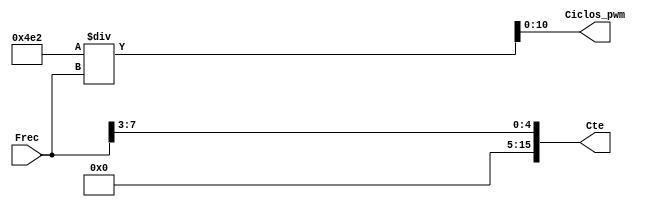
//------------------------------------------------------------------------------------------------------------------
//		Clculo para PWM
//
//	Este mdulo permite obetener dos valores necesarios para generar el PWM a partir del valor de la frecuencia
// que elige el usuario. 
//	Uno de estos valores es "ciclos_pwm" que nos va indicar la cantidad de ciclos de la seal
//	PWM de 5 KHz que van a poder entrar en el ciclo de la seal que pretendemos generar a la frecuencia seleccionada.
//	Esto se logra dividiendo la frecuencia del PWM entre 4 y posteriormente dividiendolo entre la frecuencia de la 
//	seal.
// El otro valor es simplemente una constante que va permitir que el aumento del ciclo del pwm aumente linealmente,
//	ya que divide los 10000 ciclos de reloj de 50MHz del FPGA entre los ciclos que van a entrar en la seal de 
//	frecuencia seleccionada.
//	
//------------------------------------------------------------------------------------------------------------------


module Calcular(Frec, Ciclos_pwm, Cte);
	
	input[7:0] Frec; 				//Frecuencia seleccionada por el usuario
	
	output [10:0] Ciclos_pwm;	//Cantidad de ciclos de 5 kHz que entraran en la seal de frecuencia seleccionada
	output [15:0] Cte;			//Constante para hacer incremententos lineales al ciclo de trabajo del PWM
		
	assign
		Ciclos_pwm = 1250/Frec,	//FRMULA: (5 kHz / 4) / Frecuencia = 1250 / Frecuencia
										//	Se divide entre 4 porque la seal PWM aumenta de 0 a 100% a la mitad de medio ciclo
		
		Cte = Frec >> 3;			//10000 / Ciclos_pwm = 10000/(1250/Frecuencia) = 8*Frecuencia

endmodule